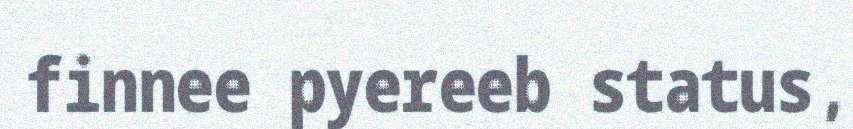
finnee pyereeb status,